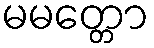
မမတ္တော